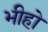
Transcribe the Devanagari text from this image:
भीहो